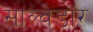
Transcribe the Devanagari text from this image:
साल्वेडॉर